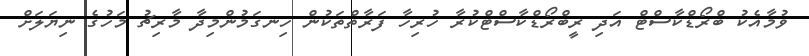
ވުމާއެކު ބްރޯޑްކާސްޓް އަދި ރީބްރޯޑްކާސްޓްކުރާ ހުރިހާ ފަރާތްތަކުން ހިނގަމުންމިދާ މާރިޗު މަހުގެ ނިޔަލަށް